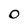
Character: 0